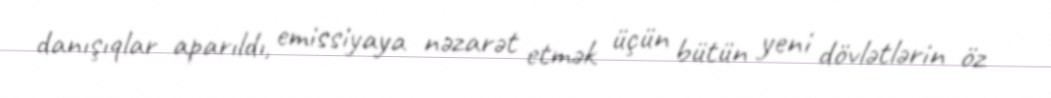
danışıqlar aparıldı, emissiyaya nəzarət etmək üçün bütün yeni dövlətlərin öz